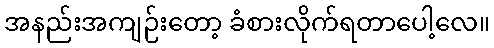
အနည်းအကျဉ်းတော့ ခံစားလိုက်ရတာပေါ့လေ။